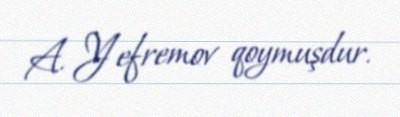
A. Yefremov qoymuşdur.